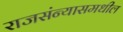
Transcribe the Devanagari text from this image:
राजसंन्यासमधील